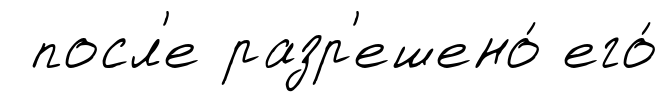
посл'е разр'ешено́ его́